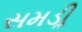
સમડીૢ